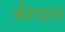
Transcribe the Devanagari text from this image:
कीपाल